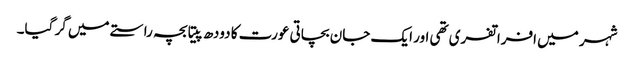
شہر میں افراتفری تھی اور ایک جان بچاتی عورت کا دودھ پیتا بچہ راستے میں گر گیا۔